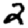
Digit: 2